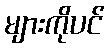
များကိုပင်